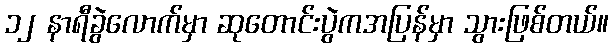
၁၂ နာရီခွဲလောက်မှာ ဆုတောင်းပွဲကအပြန်မှာ သွားဖြစ်တယ်။